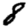
Digit: 8